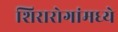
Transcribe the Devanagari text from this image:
शिरारोगांमध्ये